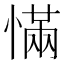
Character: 慲